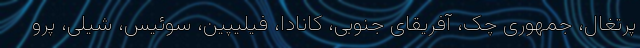
پرتغال، جمهوری چک، آفریقای جنوبی، کانادا، فیلیپین، سوئیس، شیلی، پرو